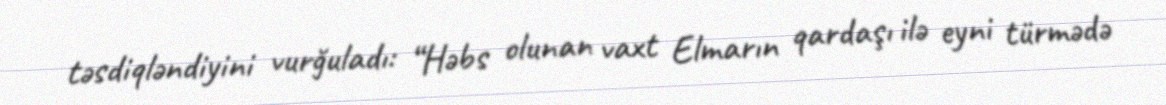
təsdiqləndiyini vurğuladı: “Həbs olunan vaxt Elmarın qardaşı ilə eyni türmədə